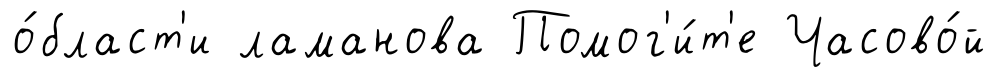
о́бласт'и ламанова Помог'и́т'е Часово́й